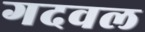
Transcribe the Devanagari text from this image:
गदवल